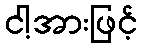
ငါ့အားဖြင့်